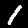
Digit: 1